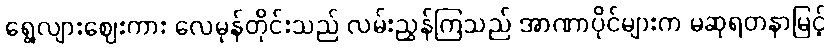
ရွေ့လျားဈေးကား လေမုန်တိုင်းသည် လမ်းညွှန်ကြသည် အာဏာပိုင်များက မဆုရတနာမြင့်